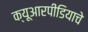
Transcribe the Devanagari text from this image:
क्यूआरपीडियाचे